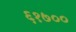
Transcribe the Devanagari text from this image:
६१७००